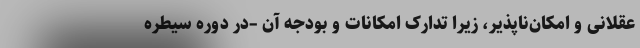
عقلانی و امکان‌ناپذیر، زیرا تدارک امکانات و بودجه آن –در دوره سیطره